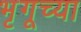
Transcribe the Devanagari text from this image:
भृगूच्या